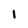
Character: 1